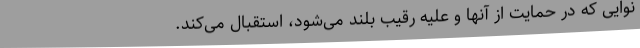
نوایی که در حمایت از آنها و علیه رقیب بلند می‌شود، استقبال می‌کند.